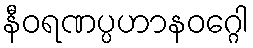
နီဝရဏပ္ပဟာနဝဂ္ဂေါ